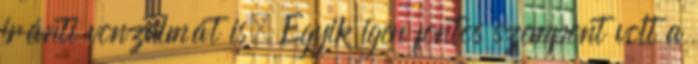
iránti vonzalmát is. Egyik igen fontos szempont volt a